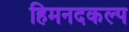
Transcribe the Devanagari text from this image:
हिमनदकल्प